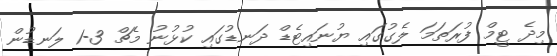
މިދެ ޓީމް ފުރަތަމަ ލެގުގައި ޔުނައިޓެޑް ދަނޑުގައި ކުޅުނު މެޗް 3-1 ލަނޑުން